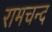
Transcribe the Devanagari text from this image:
रामचन्द